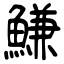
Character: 鰜